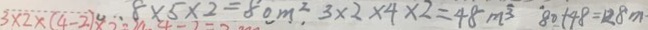
3 \times 2 \times ( 4 - 2 ) 8 \times 5 \times 2 = 8 0 m ^ { 2 } , 3 \times 2 \times 4 \times 2 = 4 8 m ^ { 3 } 8 0 + 4 8 = 1 2 8 m